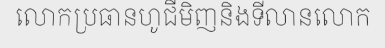
លោកប្រធានហូជីមិញនិងទីលានលោក